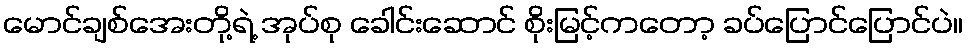
မောင်ချစ်အေးတို့ရဲ့ အုပ်စု ခေါင်းဆောင် စိုးမြင့်ကတော့ ခပ်ပြောင်ပြောင်ပဲ။